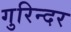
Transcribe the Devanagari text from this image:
गुरिन्दर